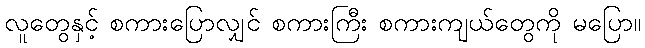
လူတွေနှင့် စကားပြောလျှင် စကားကြီး စကားကျယ်တွေကို မပြော။